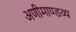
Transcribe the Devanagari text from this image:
अणीमाण्डव्य